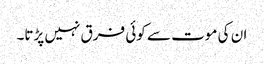
ان کی موت سے کوئی فرق نہیں پڑتا۔